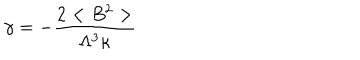
\gamma = - \frac { 2 < B ^ { 2 } > } { \Lambda ^ { 3 } \kappa }